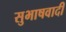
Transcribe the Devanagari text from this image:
सुभाषवादी